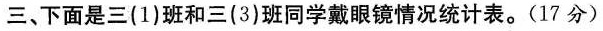
三、下面是三(1)班和三(3)班同学戴眼镜情况统计表。(17分)